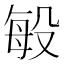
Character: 𭮬